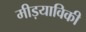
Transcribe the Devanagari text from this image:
मीड़याविकी